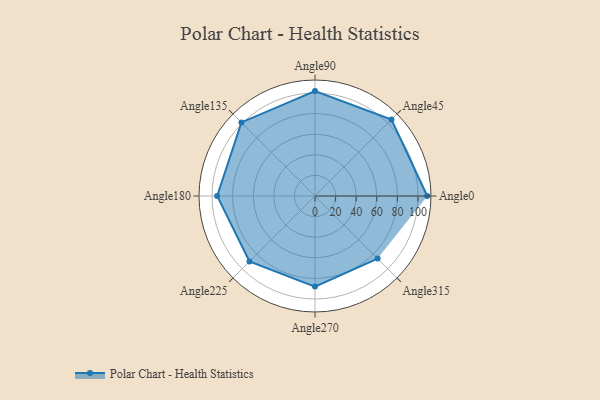
{"axis": {"x": "Angle", "y": "Radius"}, "legend": [""], "data": [{"x": "Angle0", "y": 109.0, "type": ""}, {"x": "Angle45", "y": 105.0, "type": ""}, {"x": "Angle90", "y": 102.0, "type": ""}, {"x": "Angle135", "y": 101.0, "type": ""}, {"x": "Angle180", "y": 95.0, "type": ""}, {"x": "Angle225", "y": 90.0, "type": ""}, {"x": "Angle270", "y": 88.0, "type": ""}, {"x": "Angle315", "y": 86.0, "type": ""}]}